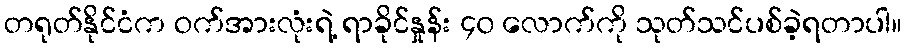
တရုတ်နိုင်ငံက ဝက်အားလုံးရဲ့ ရာခိုင်နှုန်း ၄၀ လောက်ကို သုတ်သင်ပစ်ခဲ့ရတာပါ။